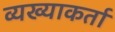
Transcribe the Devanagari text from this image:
व्यख्याकर्ता